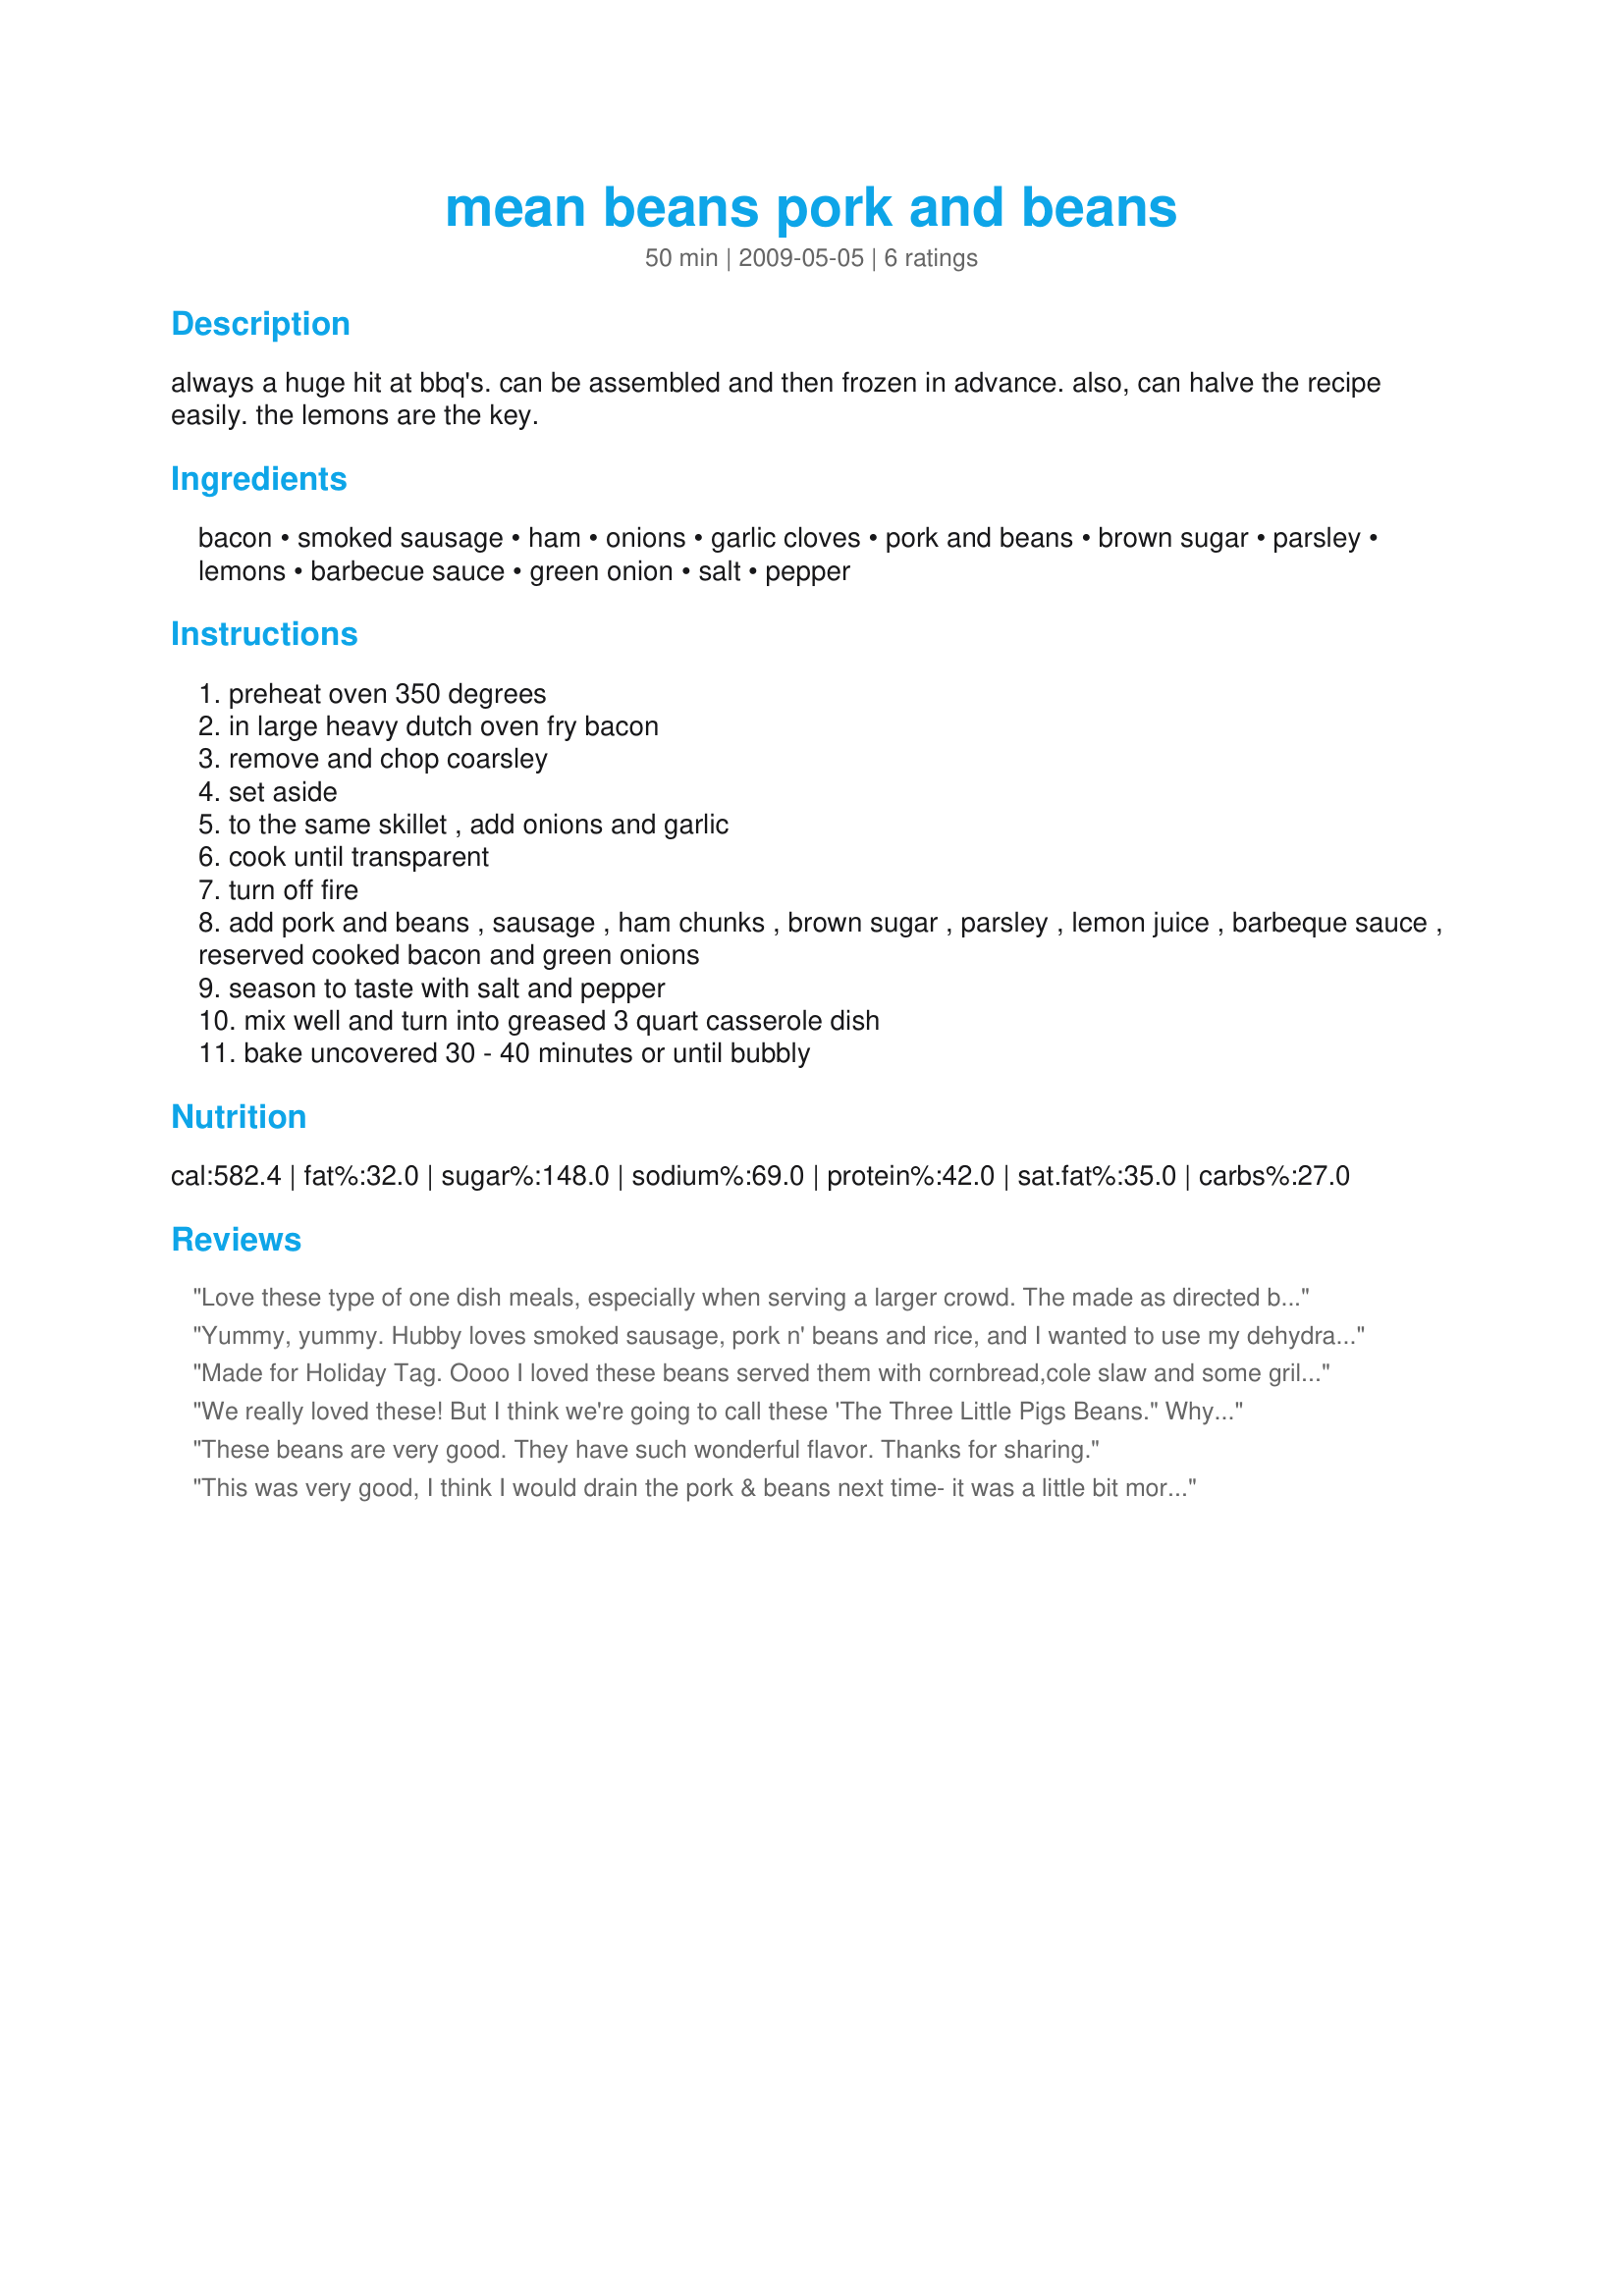
mean beans pork and beans
Preparation time: 50 minutes

always a huge hit at bbq's. can be assembled and then frozen in advance. also, can halve the recipe easily. the lemons are the key.

Ingredients:
bacon, smoked sausage, ham, onions, garlic cloves, pork and beans, brown sugar, parsley, lemons, barbecue sauce, green onion, salt, pepper

Steps:
preheat oven 350 degrees
in large heavy dutch oven fry bacon
remove and chop coarsley
set aside
to the same skillet , add onions and garlic
cook until transparent
turn off fire
add pork and beans , sausage , ham chunks , brown sugar , parsley , lemon juice , barbeque sauce , reserved cooked bacon and green onions
season to taste with salt and pepper
mix well and turn into greased 3 quart casserole dish
bake uncovered 30 - 40 minutes or until bubbly

Reviews:
Love these type of one dish meals, especially when serving a larger crowd. The made as directed but using mini cheddarwurst sausages and just 1 medium onion. This is packed with delicous flavor, but next time we will add just 1/2 cup of brown sugar as it was extremely sweet with the 1 1/2 cups called for. After tasting, we had to tone the sweetness down, so we added 2 more cans of beans and another 1/2 lb of sausage which helped somewhat. Overall a great recipe that we will make again. Thanks for sharing. :)
Yummy, yummy. Hubby loves smoked sausage, pork n' beans and rice, and I wanted to use my dehydrated food storage (ham, bacon and onions). Everyone was happy with this one. It's definitely a keeper.
Made for Holiday Tag.
Oooo I loved these beans served them with cornbread,cole slaw and some grilled sausages.
I would'nt change a thing!
We really loved these! But I think we're going to call these 'The Three Little Pigs Beans." Why? Because they have bacon, smoked sausage, AND ham! And it's so easy to "pig out" on them if you're not careful! Thanks for posting Gail! Made for Newest Zaar Tag.
These beans are very good. They have such wonderful flavor. Thanks for sharing.
This was very good, I think I would drain the pork & beans next time- it was a little bit more liquidy then I prefer. I might also omit one of the meets, probably the smoked sausage. Loved it though!
